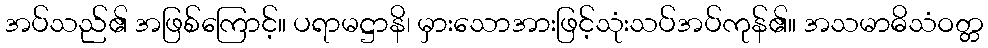
အပ်သည်၏ အဖြစ်ကြောင့်။ ပရာမဋ္ဌာနိ၊ မှားသောအားဖြင့်သုံးသပ်အပ်ကုန်၏။ အသမာဓိသံဝတ္တ